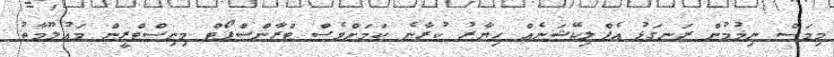
މިމަސް ނިމުމުން ރަނގަޅު އެޕްލިކޭޝަނެއް ހިޔާރު ކުރާނެ ކަމަށްވެސް ޓްރާންސްޕޯޓް މިނިސްޓްރީން މައުލޫމާތު